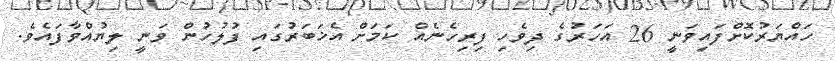
ހައްޔަރުކޮށްފައިވަނީ 26 އަހަރުގެ ދިވެހި ފިރިހެނެއް ކަމަށް އެޚަބަރުގައި ފުލުހުން ވަނީ ލިޔުއްވާފައެވެ.